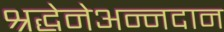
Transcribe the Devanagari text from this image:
श्रद्धेनेअन्नदान